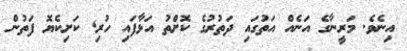
އިނެވެ. މަރީނާގެ އަނެއް އަތުގައި ދަތުރުގެ ކޮށްތު އަޅާފައި ހުރި